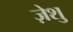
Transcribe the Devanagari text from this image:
ज़ेशु